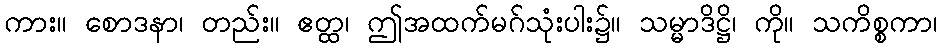
ကား။ စောဒနာ၊ တည်း။ ဧတ္ထ၊ ဤအထက်မဂ်သုံးပါး၌။ သမ္မာဒိဋ္ဌိ၊ ကို။ သကိစ္စကာ၊